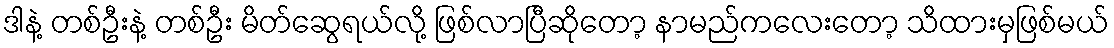
ဒါနဲ့ တစ်ဦးနဲ့ တစ်ဦး မိတ်ဆွေရယ်လို့ ဖြစ်လာပြီဆိုတော့ နာမည်ကလေးတော့ သိထားမှဖြစ်မယ်